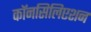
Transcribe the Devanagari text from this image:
कॉनसिलिएशन